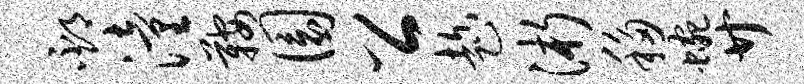
邳潼鞍圜公趁浙移蜿廿